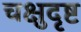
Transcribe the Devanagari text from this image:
चक्षुदृष्ट